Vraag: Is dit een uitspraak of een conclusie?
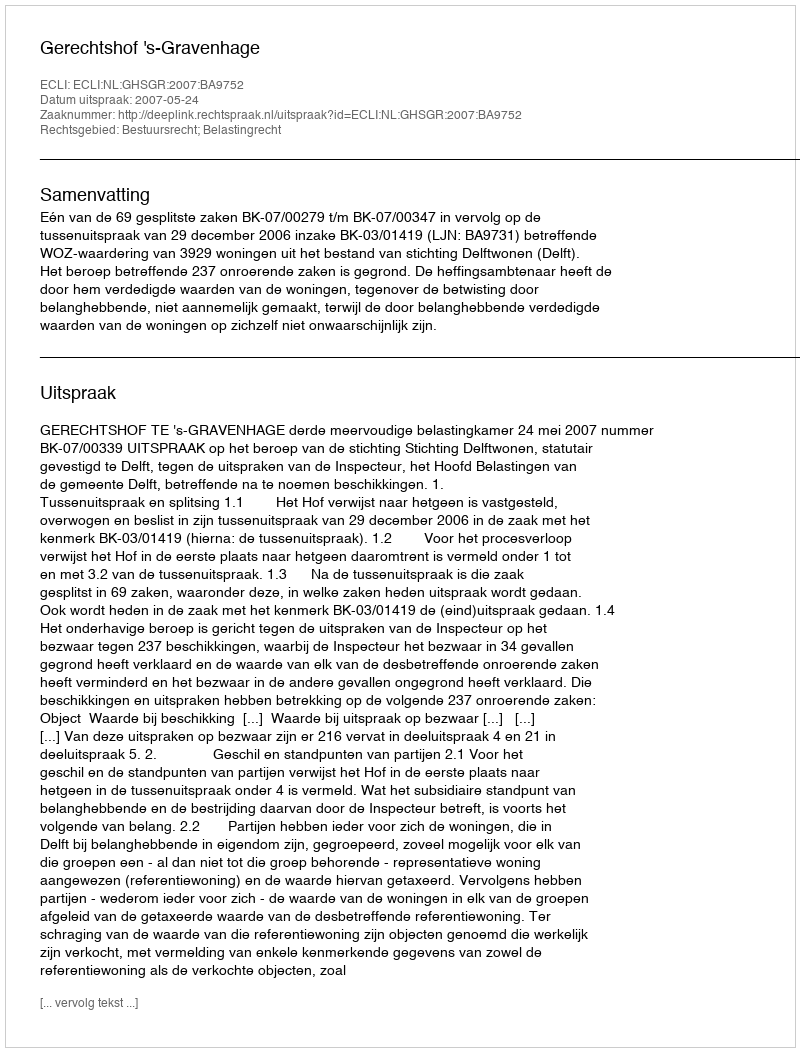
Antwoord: Uitspraak